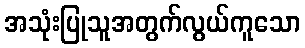
အသုံးပြုသူအတွက်လွယ်ကူသော